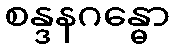
စန္ဒနဂန္ဓော